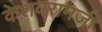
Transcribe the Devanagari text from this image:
केशवरामजी